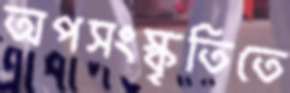
অপসংস্কৃতিতে